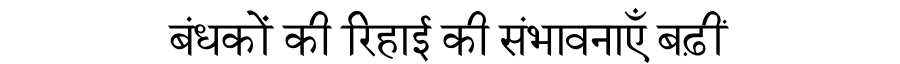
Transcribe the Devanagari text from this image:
बंधकों की रिहाई की संभावनाएँ बढ़ीं